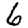
Digit: 6